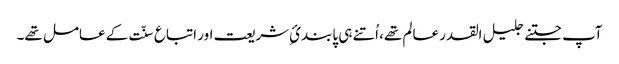
آپ جتنے جلیل القدر عالم تھے، اُتنے ہی پابندئِ شریعت اور اتباع سنّت کے عامل تھے۔